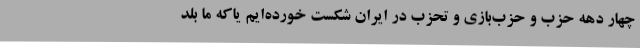
چهار دهه حزب و حزب‌بازی و تحزب در ایران شکست خورده‌ایم یاکه ما بلد